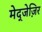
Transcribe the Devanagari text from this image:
मेद्जेज़िर